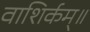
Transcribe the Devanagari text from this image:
वाशिर्कम्॥